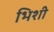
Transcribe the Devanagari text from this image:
भिशी